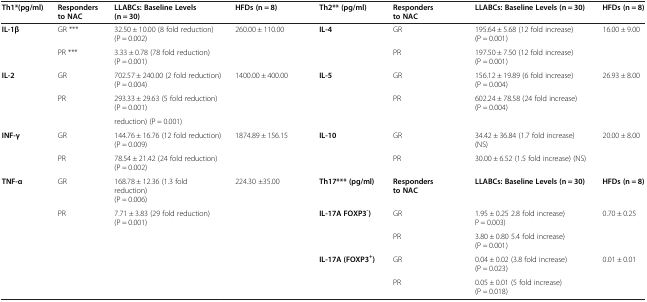
<table><thead><tr><td><b>Th1*(pg/ml)</b></td><td><b>Responders to NAC</b></td><td><b>LLABCs: Baseline Levels (n = 30)</b></td><td><b>HFDs (n = 8)</b></td><td><b>Th2** (pg/ml)</b></td><td><b>Responders to NAC</b></td><td><b>LLABCs: Baseline Levels (n = 30)</b></td><td><b>HFDs (n = 8)</b></td></tr></thead><tbody><tr><td><b>IL-1β</b></td><td>GR ***</td><td>32.50 ± 10.00 (8 fold reduction) (P = 0.002)</td><td>260.00 ± 110.00</td><td><b>IL-4</b></td><td>GR</td><td>195.64 ± 5.68 (12 fold increase) (P = 0.001)</td><td>16.00 ± 9.00</td></tr><tr><td> </td><td>PR ***</td><td>3.33 ± 0.78 (78 fold reduction)(P = 0.001)</td><td> </td><td> </td><td>PR</td><td>197.50 ± 7.50 (12 fold increase) (P = 0.001)</td><td> </td></tr><tr><td><b>IL-2</b></td><td>GR</td><td>702.57 ± 240.00 (2 fold reduction) (P = 0.004)</td><td>1400.00 ± 400.00</td><td><b>IL-5</b></td><td>GR</td><td>156.12 ± 19.89 (6 fold increase) (P = 0.004)</td><td>26.93 ± 8.00</td></tr><tr><td> </td><td>PR</td><td>293.33 ± 29.63 (5 fold reduction) (P = 0.001)</td><td> </td><td> </td><td>PR</td><td>602.24 ± 78.58 (24 fold increase)(P = 0.004)</td><td> </td></tr><tr><td> </td><td> </td><td>reduction) (P = 0.001)</td><td> </td><td> </td><td> </td><td> </td><td> </td></tr><tr><td><b>INF-γ</b></td><td>GR</td><td>144.76 ± 16.76 (12 fold reduction) (P = 0.009)</td><td>1874.89 ± 156.15</td><td><b>IL-10</b></td><td>GR</td><td>34.42 ± 36.84 (1.7 fold increase) (NS)</td><td>20.00 ± 8.00</td></tr><tr><td> </td><td>PR</td><td>78.54 ± 21.42 (24 fold reduction) (P = 0.002)</td><td> </td><td> </td><td>PR</td><td>30.00 ± 6.52 (1.5 fold increase) (NS)</td><td> </td></tr><tr><td><b>TNF-α</b></td><td>GR</td><td>168.78 ± 12.36 (1.3 fold reduction) (P = 0.006)</td><td>224.30 ±35.00</td><td><b>Th17*** (pg/ml)</b></td><td><b>Responders to NAC</b></td><td><b>LLABCs: Baseline Levels (n = 30)</b></td><td><b>HFDs (n = 8)</b></td></tr><tr><td> </td><td>PR</td><td>7.71 ± 3.83 (29 fold reduction) (P = 0.001)</td><td> </td><td><b>IL-17A FOXP3</b><sup><b>-</b></sup><b>)</b></td><td>GR</td><td>1.95 ± 0.25 2.8 fold increase) P = 0.003)</td><td>0.70 ± 0.25</td></tr><tr><td> </td><td> </td><td> </td><td> </td><td> </td><td>PR</td><td>3.80 ± 0.80 5.4 fold increase) (P = 0.001)</td><td> </td></tr><tr><td> </td><td> </td><td> </td><td> </td><td><b>IL-17A (FOXP3</b><sup><b>+</b></sup><b>)</b></td><td>GR</td><td>0.04 ± 0.02 (3.8 fold increase) (P = 0.023)</td><td>0.01 ± 0.01</td></tr><tr><td> </td><td> </td><td> </td><td> </td><td> </td><td>PR</td><td>0.05 ± 0.01 (5 fold increase) (P = 0.018)</td><td> </td></tr></tbody></table>